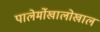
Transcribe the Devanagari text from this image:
पालेर्मोखालोखाल